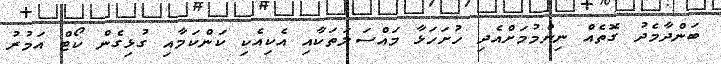
ބަންދާމެދު ގޮތެއް ނިންމުމަށްއެދި ހުށަހަޅާ މައްސަލަތަކާއި އެކިއެކި ކަންކަމާއި ގުޅިގެން ކޯޓް އަމުރު